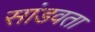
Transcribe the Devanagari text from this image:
सांडवता